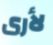
لأرى